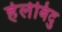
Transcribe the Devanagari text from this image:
हेलेबिदु